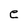
Character: e